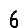
Digit: 6